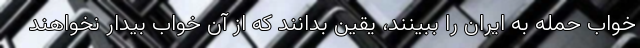
خواب حمله به ایران را ببینند، یقین بدانند که از آن خواب بیدار نخواهند